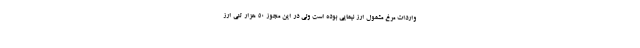
واردات مرغ مشمول ارز نیمایی بوده است ولی در این مجوز ۵۰ هزار تنی ارز